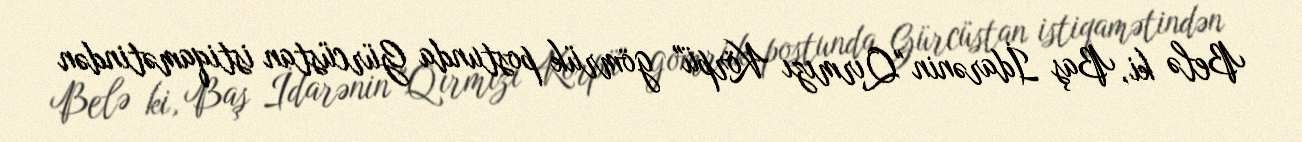
Belə ki, Baş İdarənin "Qırmızı Körpü" gömrük postunda Gürcüstan istiqamətindən